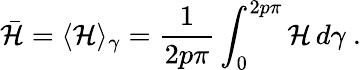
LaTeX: \bar{\mathcal{H}}=\langle\mathcal{H}\rangle_{\gamma}=\frac{1}{2p\pi}\int_{0}^{2p\pi}\mathcal{H}\, d\gamma\ .